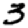
Digit: 3